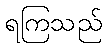
ရကြသည်